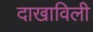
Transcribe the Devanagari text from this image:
दाखाविली